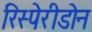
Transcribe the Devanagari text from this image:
रिस्पेरीडोन